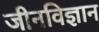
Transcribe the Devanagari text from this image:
जीनविज्ञान